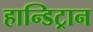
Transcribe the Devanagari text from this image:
हान्डिट्रान